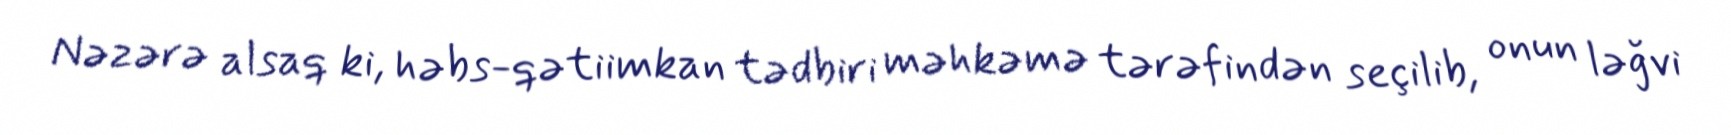
Nəzərə alsaq ki, həbs-qətiimkan tədbiri məhkəmə tərəfindən seçilib, onun ləğvi